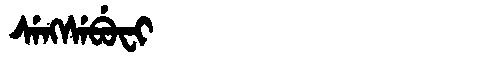
Manchu: ᠰᡝᠩᠰᡝᠪᡠᠸᡳ
Romanization: SENGSEBUFI